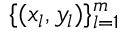
\{ ( x _ { l } , y _ { l } ) \} _ { l = 1 } ^ { m }